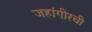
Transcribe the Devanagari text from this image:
जहांगीरची